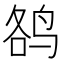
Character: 𱉮